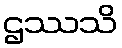
ဌဿသိ